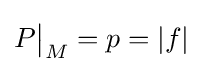
P{\big \vert }_{M}=p=|f|